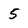
Character: 5